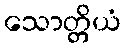
သောတ္တိယံ